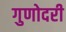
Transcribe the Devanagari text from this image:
गुणोदरी